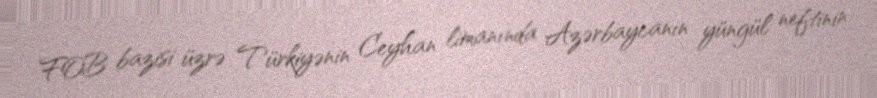
FOB bazisi üzrə Türkiyənin Ceyhan limanında Azərbaycanın yüngül neftinin